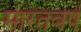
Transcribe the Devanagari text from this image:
मारतवर्ष